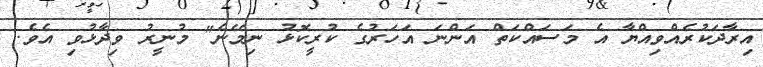
އިރާދަކުރެއްވިއްޔާ އެ މަސައްކަތް އަންނަ އަހަރުގެ ކުރީކޮޅު ނިމޭނެ" މުނީރު ވިދާޅުވި އެވެ.